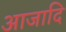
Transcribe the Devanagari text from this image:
आजादि